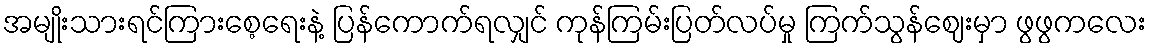
အမျိုးသားရင်ကြားစေ့ရေးနဲ့ ပြန်ကောက်ရလျှင် ကုန်ကြမ်းပြတ်လပ်မှု ကြက်သွန်ဈေးမှာ ဖွဖွကလေး